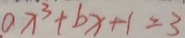
a x ^ { 3 } + b x + 1 = 3